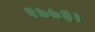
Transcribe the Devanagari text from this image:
१७७३।